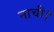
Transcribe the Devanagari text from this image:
नाची।